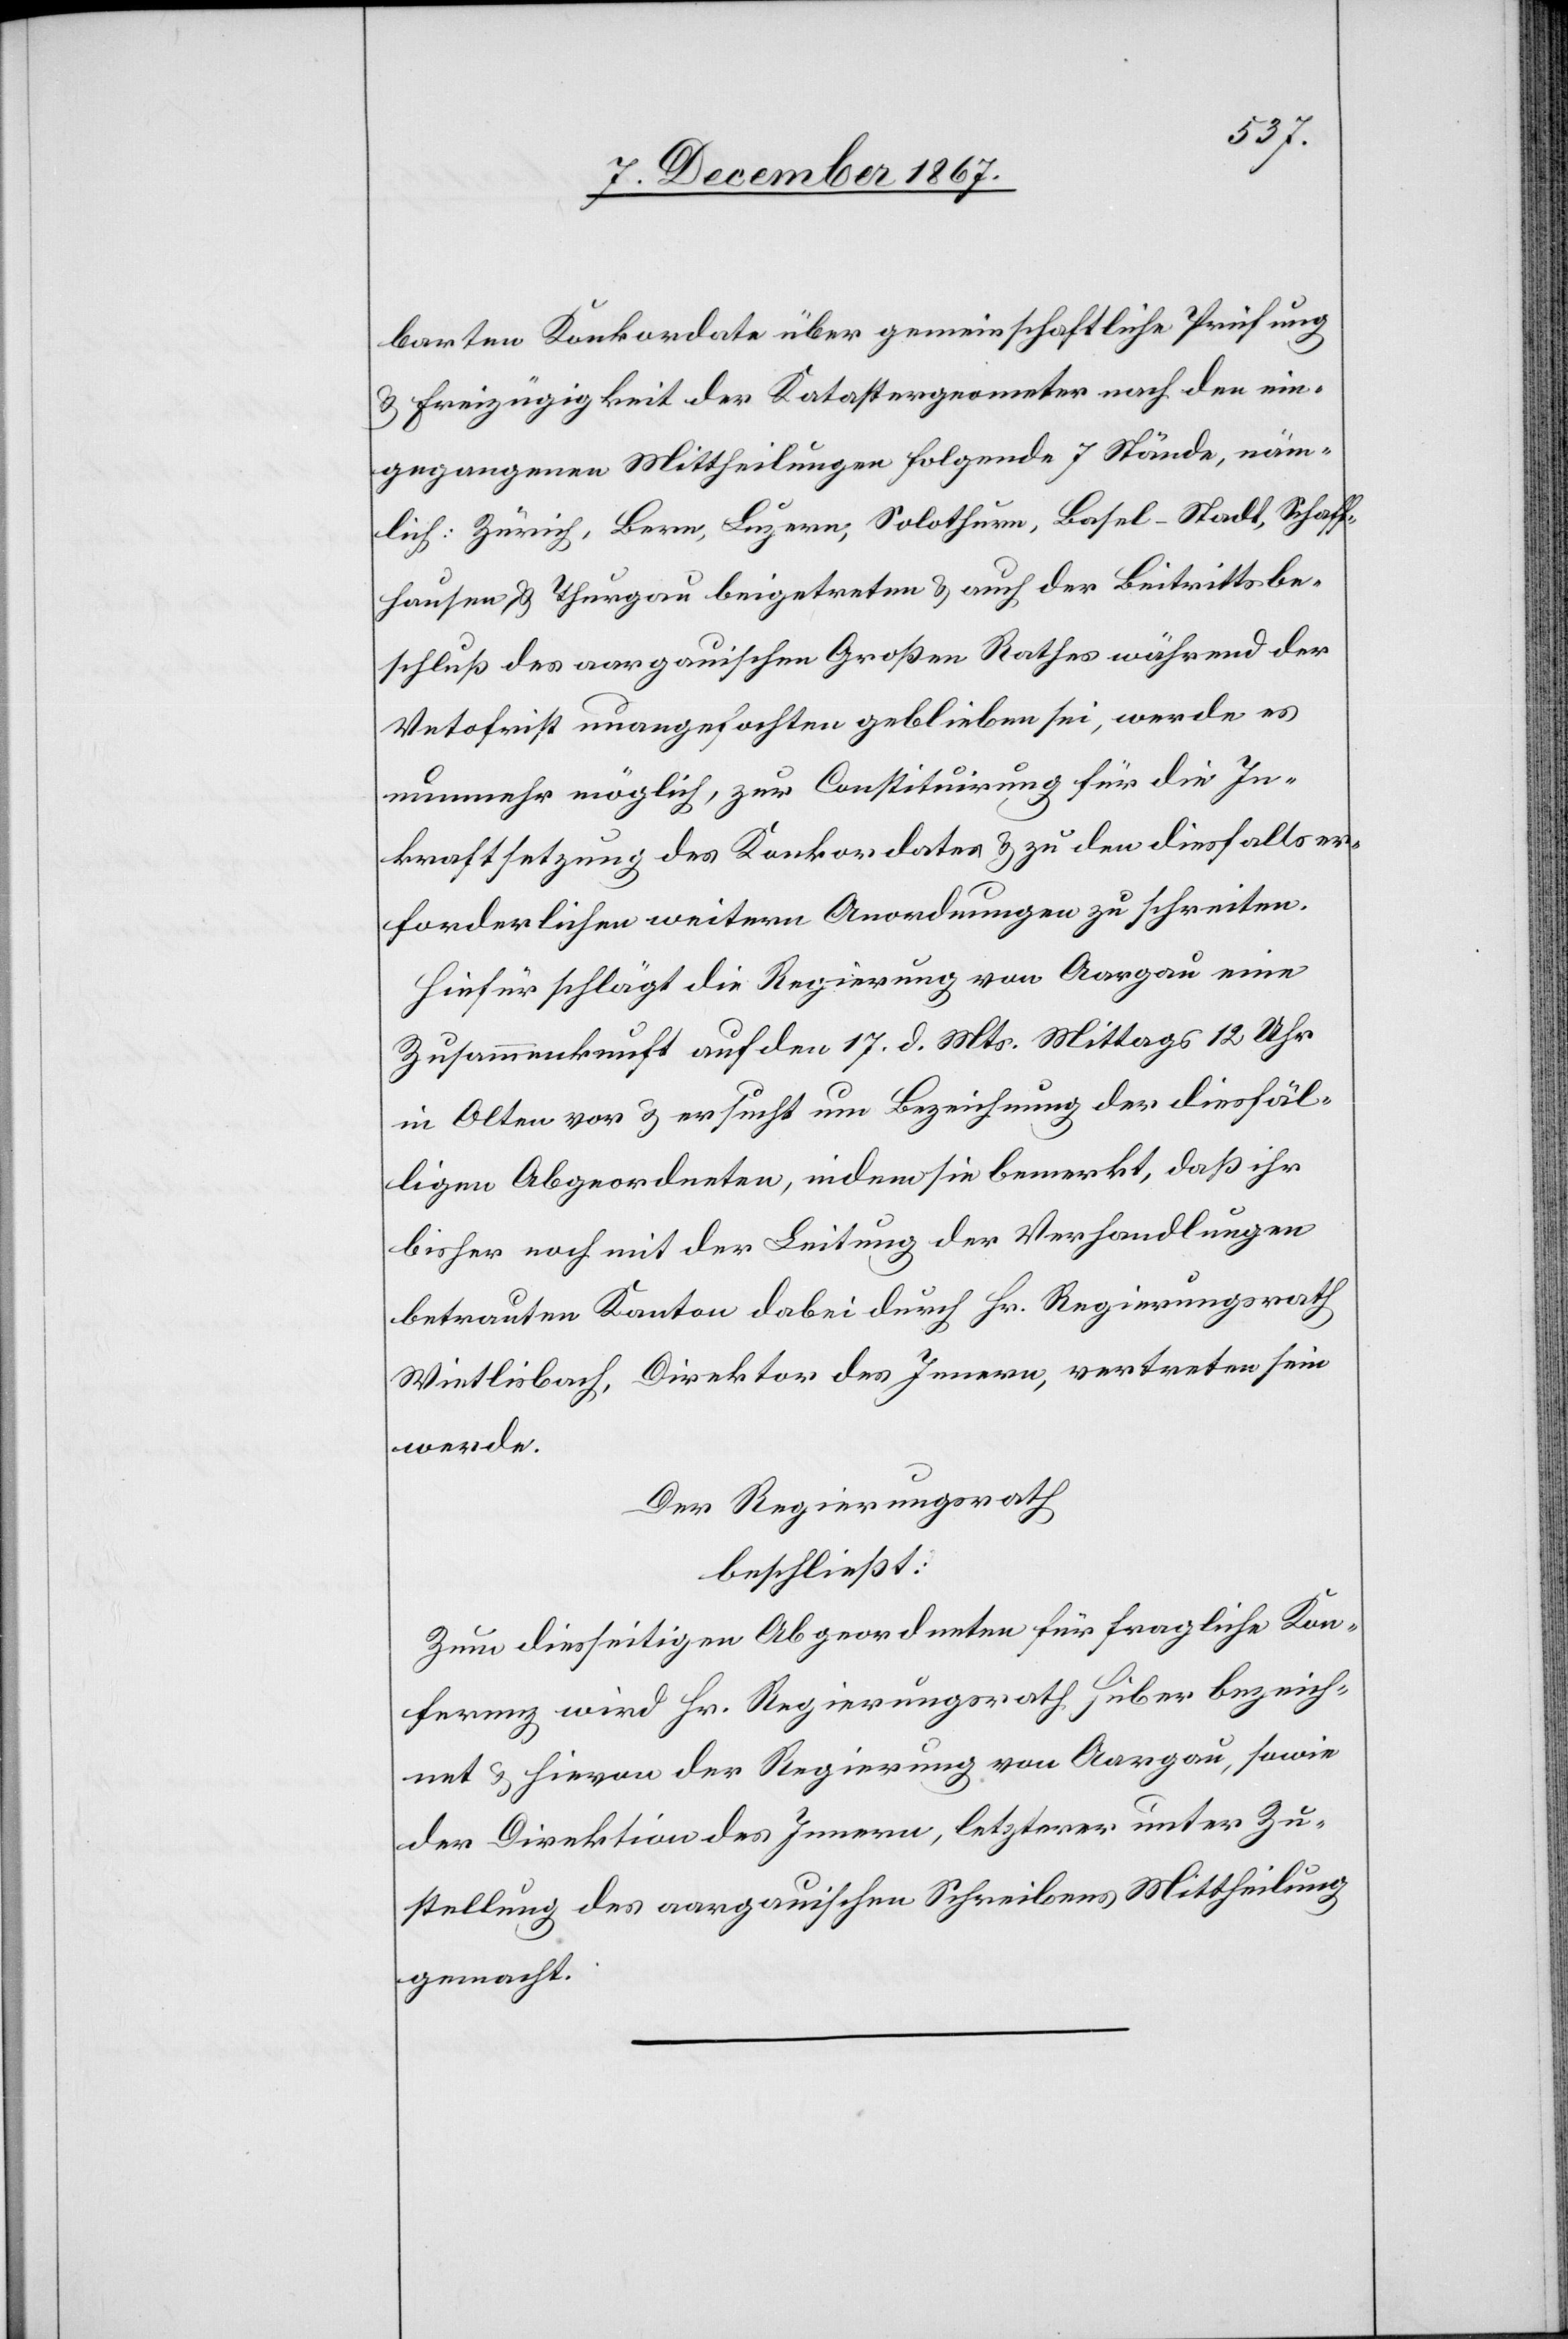
barten Konkordate über gemeinschaftliche Prüfung
u. Freizügigkeit der Katastergeometer nach den ein¬
gegangenen Mittheilungen folgende 7 Stände, näm¬
lich: Zürich, Bern, Luzern, Solothurn, Basel-Stadt, Schaff¬
hausen u. Thurgau beigetreten u. auch der Beitrittsbe¬
schluß des aargauischen Großen Rathes während der
Vetofrist unangefochten geblieben sei, werde es
nunmehr möglich, zur Constituirung für die In¬
kraftsetzung des Konkordates u. zu den diesfalls er¬
forderlichen weitern Anordnungen zu schreiten.
Hiefür schlägt die Regierung von Aargau eine
Zusammenkunft auf den 17. d. Mts. Mittags 12 Uhr
in Olten vor u. ersucht um Bezeichnung des diesfäl¬
ligen Abgeordneten, indem sie bemerkt, daß ihr
bisher noch mit der Leitung der Verhandlungen
Wietlisbach, Direktor des Innern, vertreten sein
werde.
Der Regierungsrath
beschließt:
Zum diesseitigen Abgeordneten für fragliche Kon¬
ferenz wird Hr. Regierungsrath Huber bezeich¬
net u. hievon der Regierung von Aargau, sowie
der Direktion des Innern, letzterer unter Zu¬
stellung des aargauischen Schreibens Mittheilung
gemacht.